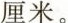
厘米。